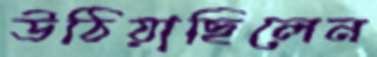
উঠিয়াছিলেন